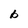
Character: b